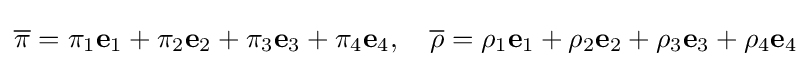
{\overline {\pi }}=\pi _{1}\mathbf {e} _{1}+\pi _{2}\mathbf {e} _{2}+\pi _{3}\mathbf {e} _{3}+\pi _{4}\mathbf {e} _{4},\quad {\overline {\rho }}=\rho _{1}\mathbf {e} _{1}+\rho _{2}\mathbf {e} _{2}+\rho _{3}\mathbf {e} _{3}+\rho _{4}\mathbf {e} _{4}